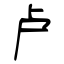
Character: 卢